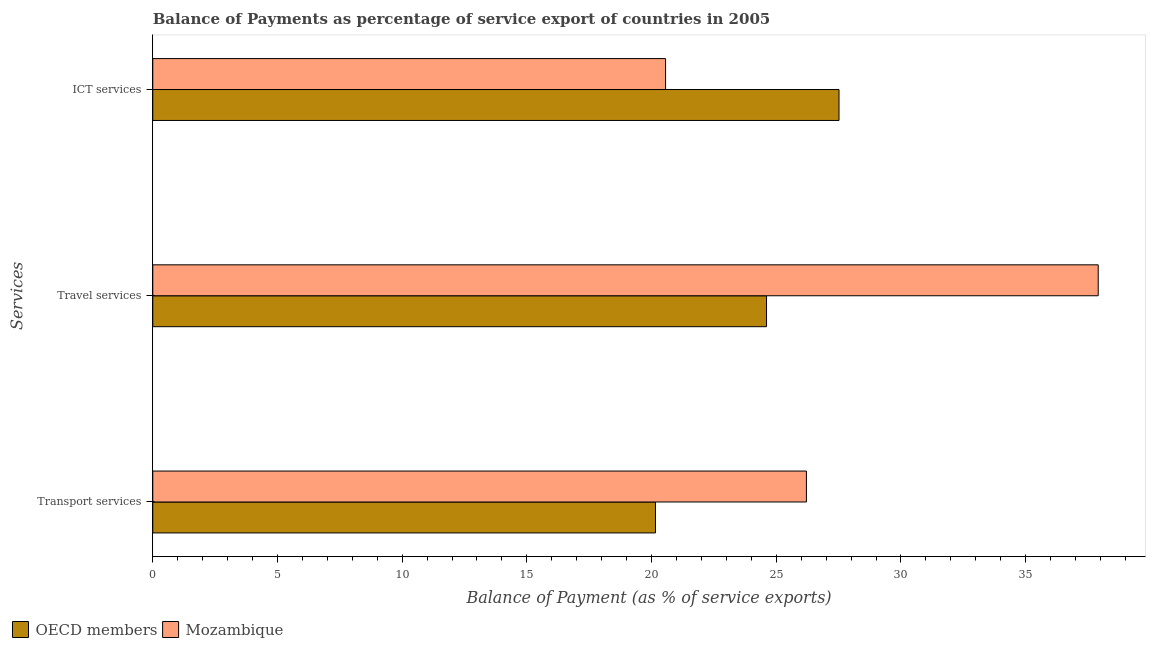
| Services | OECD members | Mozambique |
 | --- | --- | --- |
 | Transport services | 20.2 | 26.2 |
 | Travel services | 24.6 | 37.9 |
 | ICT services | 27.5 | 20.6 |